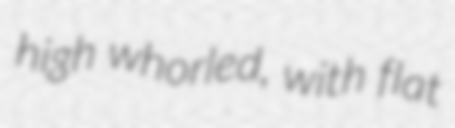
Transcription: high whorled, with flat